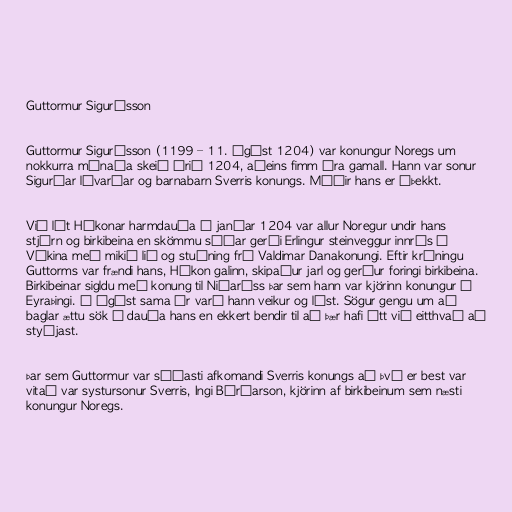
Guttormur Sigurðsson

Guttormur Sigurðsson (1199 – 11. ágúst 1204) var konungur Noregs um
nokkurra mánaða skeið árið 1204, aðeins fimm ára gamall. Hann var sonur
Sigurðar lávarðar og barnabarn Sverris konungs. Móðir hans er óþekkt.

Við lát Hákonar harmdauða í janúar 1204 var allur Noregur undir hans
stjórn og birkibeina en skömmu síðar gerði Erlingur steinveggur innrás í
Víkina með mikið lið og stuðning frá Valdimar Danakonungi. Eftir krýningu
Guttorms var frændi hans, Hákon galinn, skipaður jarl og gerður foringi birkibeina.
Birkibeinar sigldu með konung til Niðaróss þar sem hann var kjörinn konungur á
Eyraþingi. Í ágúst sama ár varð hann veikur og lést. Sögur gengu um að
baglar ættu sök á dauða hans en ekkert bendir til að þær hafi átt við eitthvað að
styðjast.

Þar sem Guttormur var síðasti afkomandi Sverris konungs að því er best var
vitað var systursonur Sverris, Ingi Bárðarson, kjörinn af birkibeinum sem næsti
konungur Noregs.